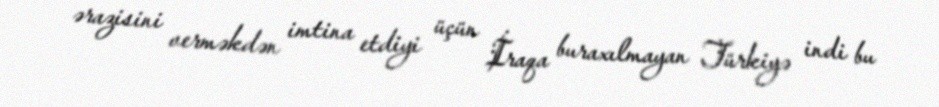
ərazisini verməkdən imtina etdiyi üçün İraqa buraxılmayan Türkiyə indi bu